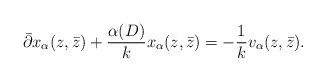
\begin{align*}\bar{\partial}x_{\alpha}(z,\bar{z})+\frac{\alpha(D)}{k}x_{\alpha}(z,\bar{z})=-\frac{1}{k}v_{\alpha}(z,\bar{z}).\end{align*}